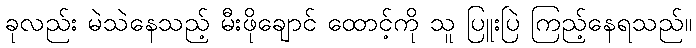
ခုလည်း မဲသဲနေသည့် မီးဖိုချောင် ထောင့်ကို သူ ပြူးပြဲ ကြည့်နေရသည်။